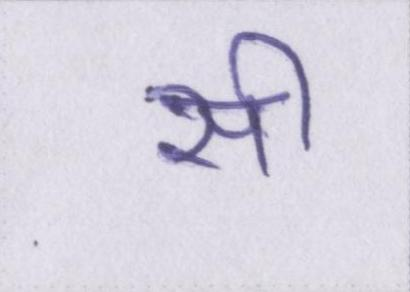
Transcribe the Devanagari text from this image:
सी